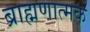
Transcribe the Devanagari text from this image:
ब्राह्मणात्मक